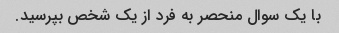
با یک سوال منحصر به فرد از یک شخص بپرسید.